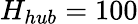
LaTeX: H_{hub}=100